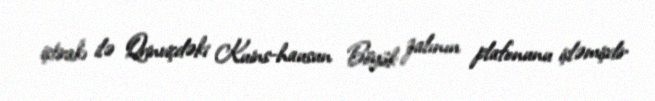
iştirakı ilə Qrinviçdəki Kuins-hausun Böyük zalının plafonunu işləmişdir